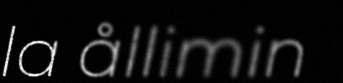
la ållimin